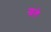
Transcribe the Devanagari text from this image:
खले